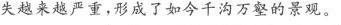
失越来越严重，形成了如今千沟万壑的景观。